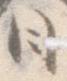
日